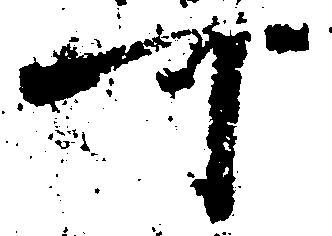
可